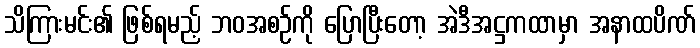
သိကြားမင်း၏ ဖြစ်ရမည့် ဘဝအစဉ်ကို ပြောပြီးတော့ အဲဒီအဋ္ဌကထာမှာ အနာထပိဏ်